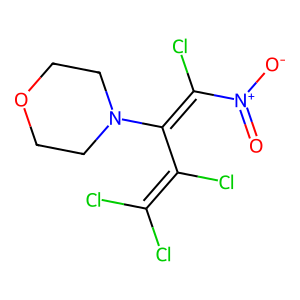
SMILES: O=[N+]([O-])C(Cl)=C(C(Cl)=C(Cl)Cl)N1CCOCC1
Inhibits HIV replication: No